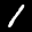
Label: 1